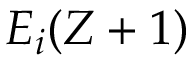
E _ { i } ( Z + 1 )